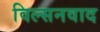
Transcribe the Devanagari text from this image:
विल्सनवाद